Scottish Leaving Certificate Examination, 1957
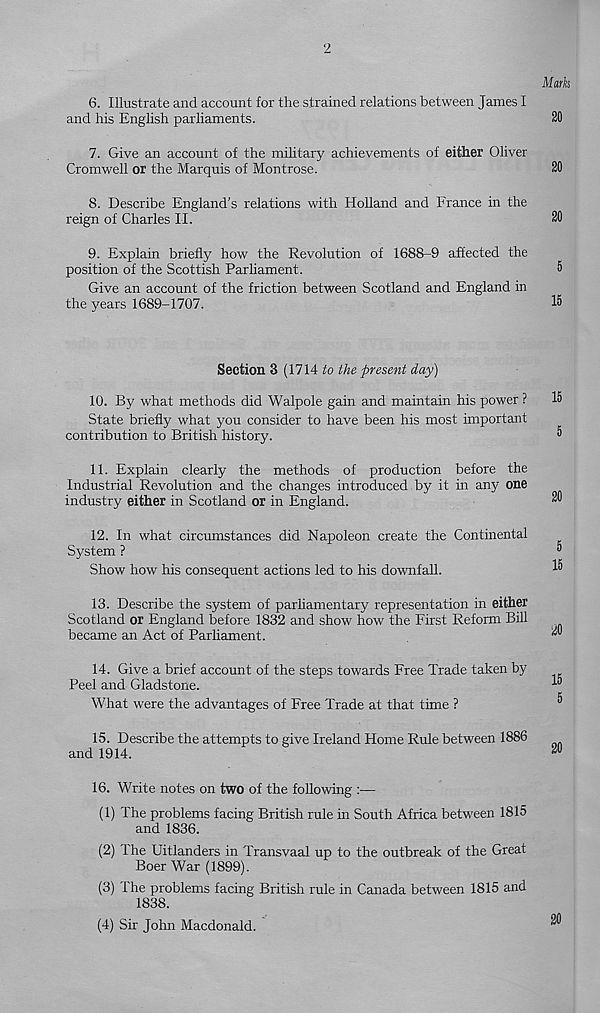
2
Mark
6. Illustrate and account for the strained relations between James I
and his English parliaments.
20
7. Give an account of the military achievements of either Oliver
Cromwell or the Marquis of Montrose.
20
8. Describe England's relations with Holland and France in the
reign of Charles II.
20
9. Explain briefly how the Revolution of 1688-9 affected the
position of the Scottish Parliament.
5
Give an account of the friction between Scotland and England in
the years 1689-1707.
15
Section 3 (1714 to the present day)
10.
By what methods did Walpole gain and
State briefly what you consider to have been his most important
contribution to British history.
11. Explain clearly the methods of production before the
Industrial Revolution and the changes introduced by it in any one
industry either in Scotland or in England.
12. In what circumstances did Napoleon create the Continental
System ?
Show how his consequent actions led to his downfall.
13. Describe the system of parhamentary representation in either
Scotland or England before 1832 and show how the First Reform Bill
became an Act of Parliament.
14. Give a brief account of the steps towards Free Trade taken by
Peel and Gladstone.
What were the advantages of Free Trade at that time ?
15. Describe the attempts to give Ireland Home Rule between 1886
and 1914.
16.
Write notes on two of the following :—
(1) The problems facing British rule in South Africa between 1815
and 1836.
(2) The Uitlanders in Transvaal up to the outbreak of the Great
Boer War (1899).
(3) The problems facing British rule in Canada between 1815 and
1838.
(4) Sir John Macdonald.